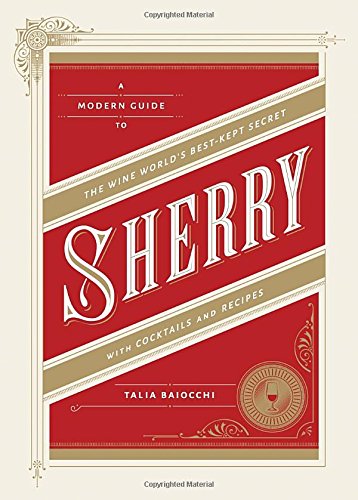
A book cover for Sherry: A Modern Guide to the Wine World's Best-Kept Secret, with Cocktails and Recipes; Talia Baiocchi; Cookbooks, Food & Wine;